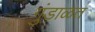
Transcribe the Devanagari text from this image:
गुंडाळत